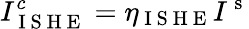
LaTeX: I_{\mathrm{~I~S~H~E~}}^{c}=\eta_{\mathrm{~I~S~H~E~}}I^{\mathrm{~s~}}